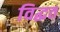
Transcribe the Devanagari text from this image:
विद्धत